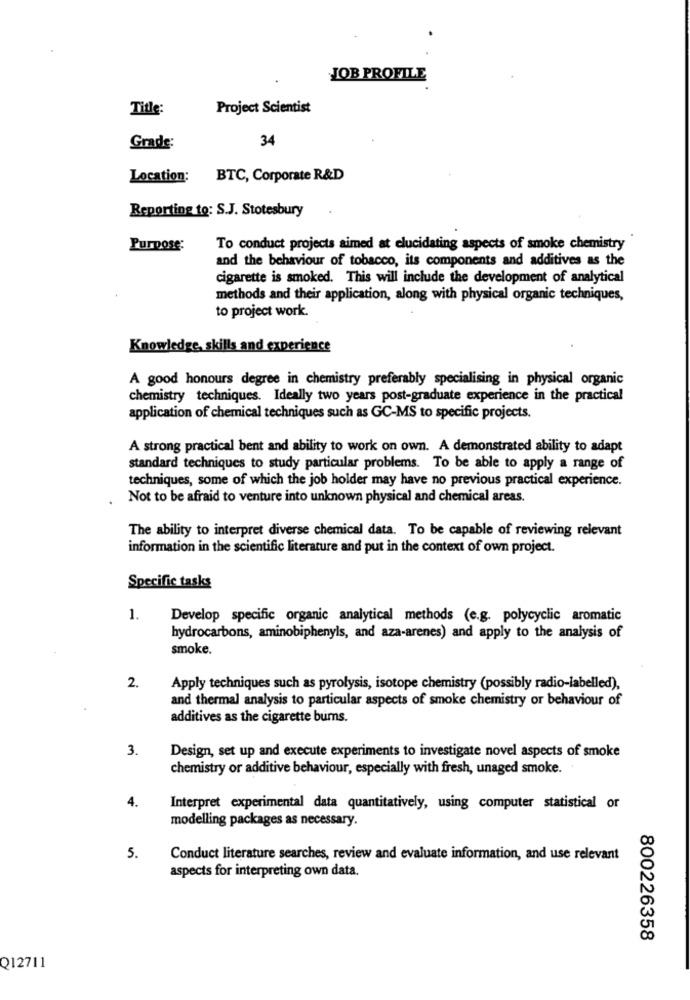
JOB PROFILE
Title:
Project Scientist
34
Grade:
Location: BTC, Corporate R&D
Reporting to: S.J. Stotesbury
Purpose:
To conduct projects aimed at elucidating aspects of smoke chemistry
and the behaviour of tobacco, its components and additives as the
cigarette is smoked. This will include the development of analytical
methods and their application, along with physical organic techniques,
to project work.
Knowledge, skills and experience
A good honours degree in chemistry preferably specialising in physical organic
chemistry techniques. Ideally two years post-graduate experience in the practical
application of chemical techniques such as GC-MS to specific projects.
A strong practical bent and ability to work on own. A demonstrated ability to adapt
standard techniques to study particular problems. To be able to apply a range of
techniques, some of which the job holder may have no previous practical experience.
Not to be afraid to venture into unknown physical and chemical areas.
The ability to interpret diverse chemical data. To be capable of reviewing relevant
information in the scientific literature and put in the context of own project.
Specific tasks
1.
Develop specific organic analytical methods (e.g. polycyclic aromatic
hydrocarbons, aminobiphenyls, and aza-arenes) and apply to the analysis of
smoke.
2.
Apply techniques such as pyrolysis, isotope chemistry (possibly radio-labelled),
and thermal analysis to particular aspects of smoke chemistry or behaviour of
additives as the cigarette bums.
3.
Design, set up and execute experiments to investigate novel aspects of smoke
chemistry or additive behaviour, especially with fresh, unaged smoke.
4.
Interpret experimental data quantitatively, using computer statistical or
modelling packages as necessary.
5.
Conduct literature searches, review and evaluate information, and use relevant
aspects for interpreting own data.
800226358
Q12711